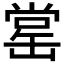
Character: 𦈹